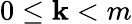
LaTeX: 0\leq\mathbf{k}<m